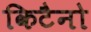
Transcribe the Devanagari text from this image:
किटैनो